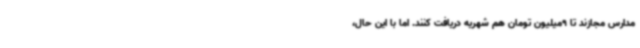
مدارس مجازند تا 9میلیون تومان هم شهریه دریافت کنند. اما با این حال،